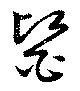
醫